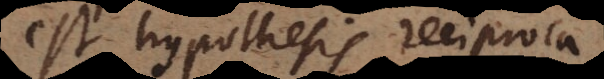
est hypothesis reciproca,